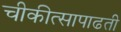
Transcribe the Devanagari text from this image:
चीकीत्सापाढती